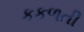
કકળતી